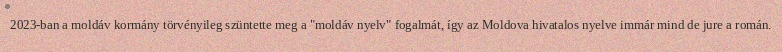
2023-ban a moldáv kormány törvényileg szüntette meg a "moldáv nyelv" fogalmát, így az Moldova hivatalos nyelve immár mind de jure a román.